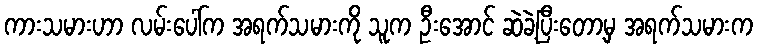
ကားသမားဟာ လမ်းပေါ်က အရက်သမားကို သူက ဦးအောင် ဆဲခဲ့ပြီးတော့မှ အရက်သမားက